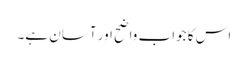
اس کا جواب واضح اور آسان ہے۔